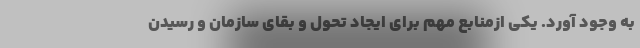
به وجود آورد. یکی ازمنابع مهم برای ایجاد تحول و بقای سازمان و رسیدن